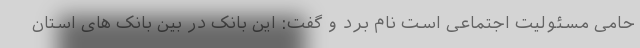
حامی مسئولیت اجتماعی است نام برد و گفت: این بانک در بین بانک های استان